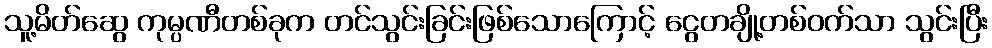
သူ့မိတ်ဆွေ ကုမ္ပဏီတစ်ခုက တင်သွင်းခြင်းဖြစ်သောကြောင့် ငွေတချို့တစ်ဝက်သာ သွင်းပြီး